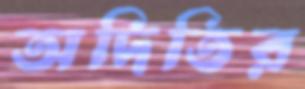
অদিতির